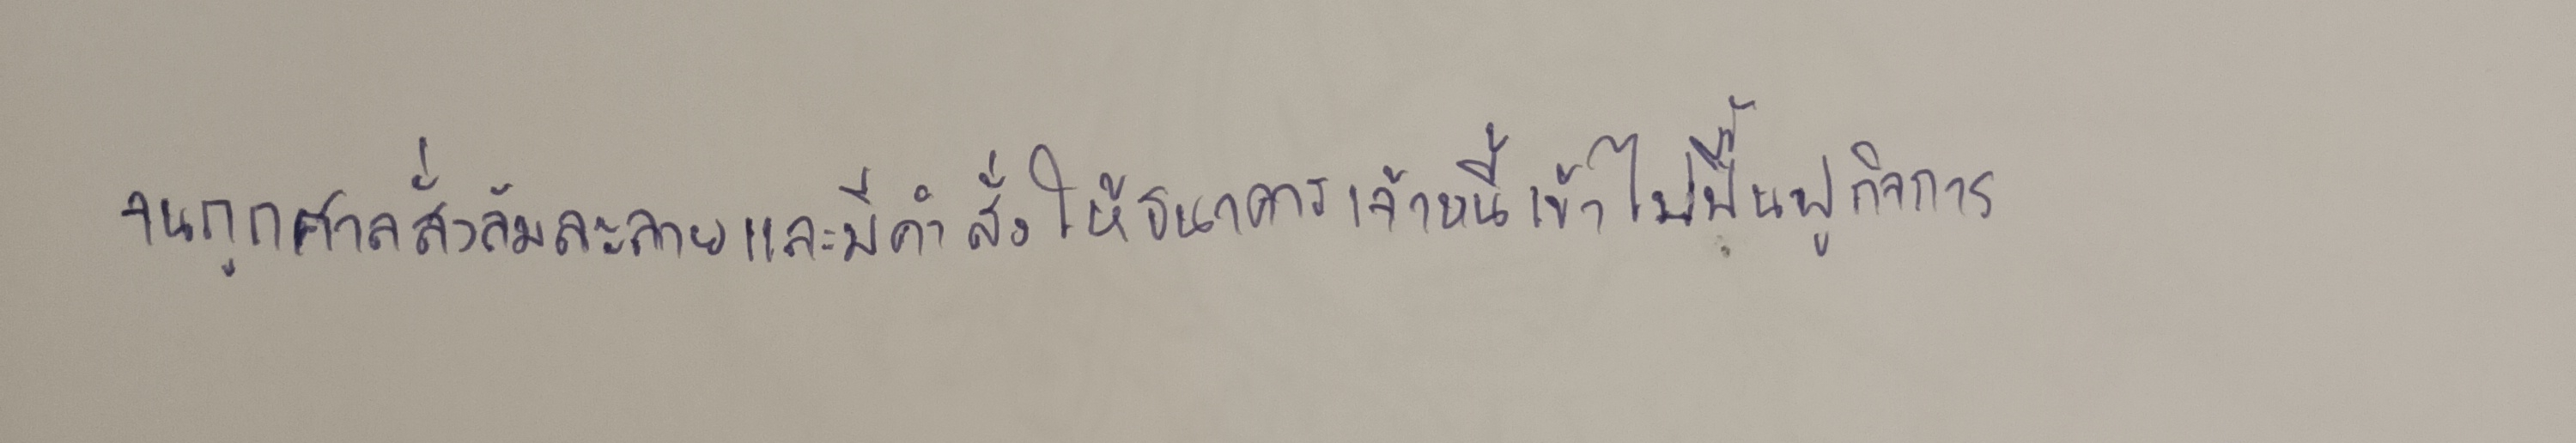
จนถูกศาลสั่งล้มละลายและมีคำสั่งให้ธนาคารเจ้าหนี้เข้าไปฟื้นฟูกิจการ